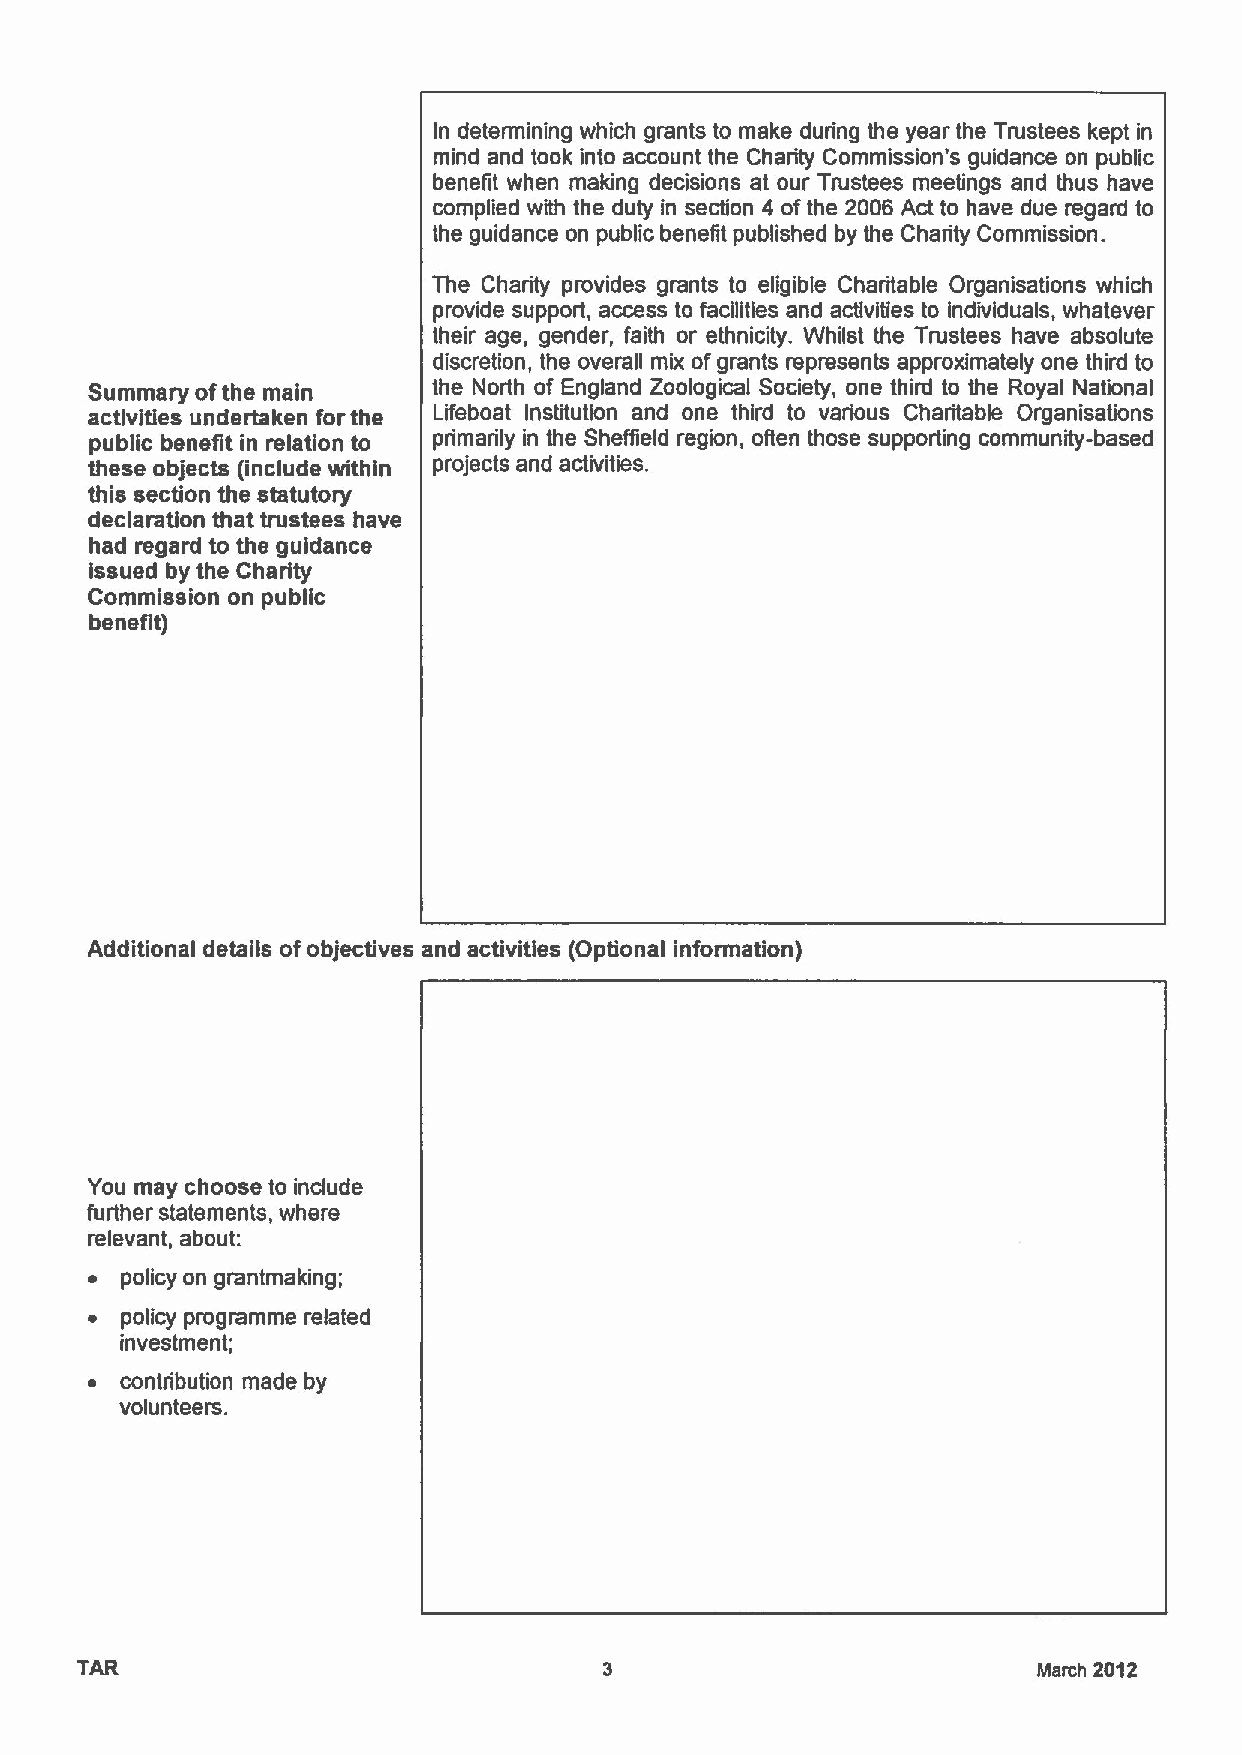
In determining which grants to make during the year the Trustees kept in
 mind and took into account the Charity Commission's guidance on public
 benefit when making decisions at our Trustees meetings and thus have
 complied with the duty in section 4 ofthe 2006 Act to have due regard to
 the guidance on public benefit published by the Charity Commission.
 The Charity provides grants to eligible Charitable Organisations which
 provide support, access to facilities and activities to individuals, whatever
 their age, gender, faith or ethnicity. Whilst the Trustees have absolute
 discretion, the overall mix ofgrants represents approximately one third to
 Summary ofthe main     the North of England Zoological Society, one third to the Royal National
 activities undertaken for the Lifeboat Institution and one third to various Charitable Organisations
 public benefit in relation to primarily in the Sheffield region, ofien those supporting community-based
 these objects (include within projects and activities.
 this section the statutory
 declaration that trustees have
 had regard to the guidance
 issued by the Charity
 Commission on public
 benefit)
 Additional details ofobjectives and activities (Optional information)
 You may choose to include
 further statements, where
 relevant, about:
 ~ policy on grantmaking;
 ~ policy programme related
 investment;
 ~ contribution made by
 volunteers.
 TAR                                                             March 2012